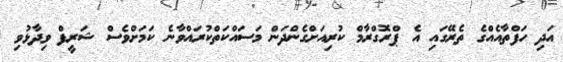
އަދި ހަފްތާއެއްގެ ތެރޭގައި އެ ޕްރޮގްރާމް ކުރިއަށްގެންދަން މަސައްކަތްކުރައްވާނެ ކަމަށްވެސް ޝަރީފް ވިދާޅުވި